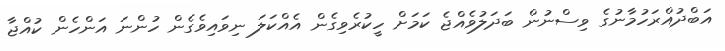
އަބްދުއްރަހުމާނުގެ ވިސްނުން ބަދަލުވެއްޖެ ކަމަށް ހީކުރެވިގެން އެއްކަލަ ނިވައިވެގެން ހުންނަ އަންހެން ކުއްޖާ